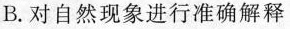
B.对自然现象进行准确解释